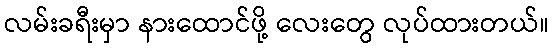
လမ်းခရီးမှာ နားထောင်ဖို့ လေးတွေ လုပ်ထားတယ်။